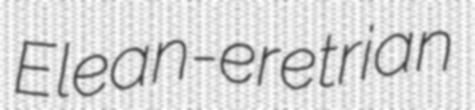
Elean-eretrian